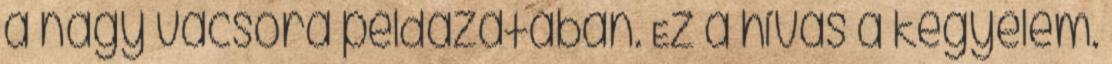
a nagy vacsora példázatában. Ez a hívás a kegyelem.